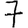
Digit: 7